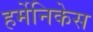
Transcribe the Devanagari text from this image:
हर्मेनिकेस